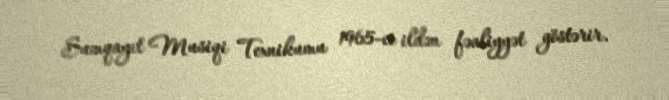
Sumqayıt Musiqi Texnikumu 1965-ci ildən fəaliyyət göstərir.